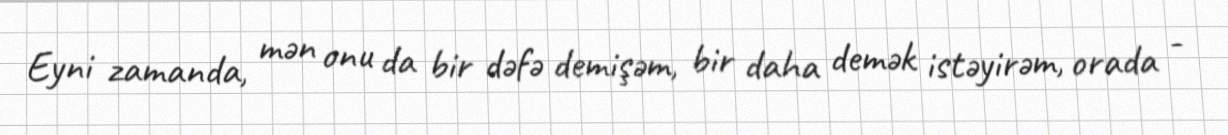
Eyni zamanda, mən onu da bir dəfə demişəm, bir daha demək istəyirəm, orada -